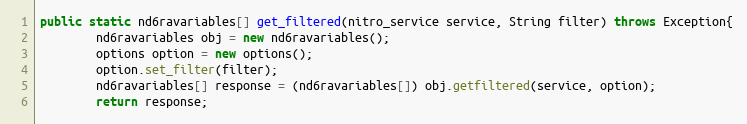
Language: Java
public static nd6ravariables[] get_filtered(nitro_service service, String filter) throws Exception{
		nd6ravariables obj = new nd6ravariables();
		options option = new options();
		option.set_filter(filter);
		nd6ravariables[] response = (nd6ravariables[]) obj.getfiltered(service, option);
		return response;